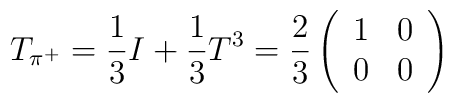
T_{\pi^+}= \frac13 I + \frac13 T^3=\frac23 \left ( \begin{array}{ll}                  1 & 0 \\                  0 & 0             \end{array}\right)